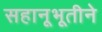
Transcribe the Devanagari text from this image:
सहानूभूतीने